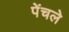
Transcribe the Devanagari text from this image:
पेंचले